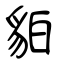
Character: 貃